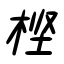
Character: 樫